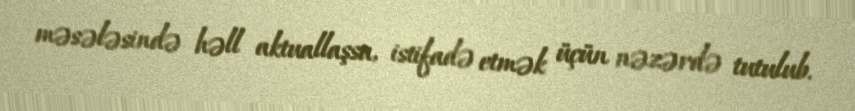
məsələsində həll aktuallaşsa, istifadə etmək üçün nəzərdə tutulub.